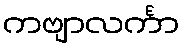
ကဗျာလင်္ကာ